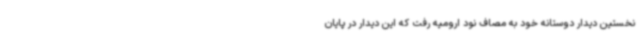
نخستین دیدار دوستانه خود به مصاف نود ارومیه رفت که این دیدار در پایان